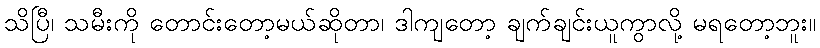
သိပြီ၊ သမီးကို တောင်းတော့မယ်ဆိုတာ၊ ဒါကျတော့ ချက်ချင်းယူကွာလို့ မရတော့ဘူး။